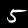
Digit: 5